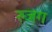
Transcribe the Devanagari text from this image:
रुजग